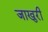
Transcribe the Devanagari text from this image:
जाखुरी